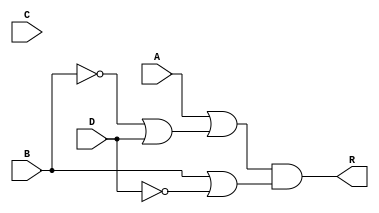
module func(input A,B,C,D, output R);
    assign R = ((A)|(~B|D))&(B|~D);
endmodule

module one_bit_adder (a, b, c, c_in, r, c_out );
    input a;
    input b;
    input c;
    input c_in;
    output r;
    output c_out;  
    wire p,q;

    func func0(a, b, c, c_in, p);
    func func1(c_in,a, b, c, q);
    assign r = p;
    assign c_out = q;

endmodule

module eight_bit_adder0(
    input wire [7:0] a, b, c, 
    output wire [7:0] r, output wire c_out

);

    wire [7:0] d;
    one_bit_adder adder0 (a[0], b[0], c[0], 1'b0, r[0], d[0]);
    one_bit_adder adder1 (a[1], b[1], c[1], d[0], r[1], d[1]);
    one_bit_adder adder2 (a[2], b[2], c[2], d[1], r[2], d[2]);
    one_bit_adder adder3 (a[3], b[3], c[3], d[2], r[3], d[3]);
    one_bit_adder adder4 (a[4], b[4], c[4], d[3], r[4], d[4]);
    one_bit_adder adder5 (a[5], b[5], c[5], d[4], r[5], d[5]);
    one_bit_adder adder6 (a[6], b[6], c[6], d[5], r[6], d[6]);
    one_bit_adder adder7 (a[7], b[7], c[7], d[6], r[7], d[7]);
    assign c_out = d[7];

endmodule

module eight_bit_adder_op(
    input [7:0] a,b,c, 
    input [1:0] op,
    output [7:0] r, output c_out
);
    reg [7:0] xn,yn,zn;
    // wire C_out;

    always @(op)begin
    if(op==2'b00)begin
         xn = a;
         yn = b;
         zn = c;
    end

    else if(op==2'b01)begin
         xn = ~a+ 1'b1;
         yn = b;
         zn = c;
    end

    else if(op==2'b10)begin
         xn = a;
         yn = ~b+ 1'b1;
         zn = c; 
    end
    
    else begin
         xn = a;
         yn = b;
         zn = ~c+1'b1; 
    end
    end
    eight_bit_adder0 adding(xn,yn,zn,r,c_out);


endmodule


module tb;

    reg [7:0] A, B, C;
    reg [1:0] D;
    wire [7:0] R;
    wire C_out;

    eight_bit_adder_op adder(A, B, C, D, R, C_out);

    initial begin
        $dumpfile("Part2.vcd");
        $dumpvars(0,tb);
        A = 0;
        B = 0;
        C = 0;
        D = 2'b00;
        #2;

        $monitor("A = %b, B = %b, C = %b,D = %b, R = %b, Carry = %b", A, B, C,D, R, C_out);


        A = $random;
        B = $random;
        C = $random;
        D = 2'b01;
        #2;

        $monitor("A = %b, B = %b, C = %b,D = %b, R = %b, Carry = %b", A, B, C,D, R, C_out);

        A = $random;
        B = $random;
        C = $random;
        D = 2'b10;
        #2;

        $monitor("A = %b, B = %b, C = %b,D = %b, R = %b, Carry = %b", A, B, C,D, R, C_out);

        A = $random;
        B = $random;
        C = $random;
        D = 2'b11;
        #2;

        $monitor("A = %b, B = %b, C = %b,D = %b, R = %b, Carry = %b", A, B, C,D, R, C_out);

        A = $random;
        B = $random;
        C = $random;
        D = 2'b00;
        #2;

        $monitor("A = %b, B = %b, C = %b,D = %b, R = %b, Carry = %b", A, B, C,D, R, C_out);

        
        $finish;

    end

endmodule